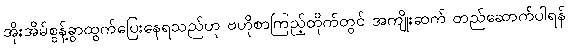
အိုးအိမ်စွန့်ခွာထွက်ပြေးနေရသည်ဟု ဗဟိုစာကြည့်တိုက်တွင် အကျိုးဆက် တည်ဆောက်ပါရန်